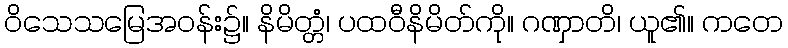
ဝိသေသမြေအဝန်း၌။ နိမိတ္တံ၊ ပထဝီနိမိတ်ကို။ ဂဏှာတိ၊ ယူ၏။ ကတေ